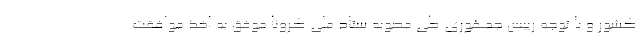
کشور و با توجه رییس جمهوری طی مصوبه ستاد ملی کرونا موفق به اخذ موافقت